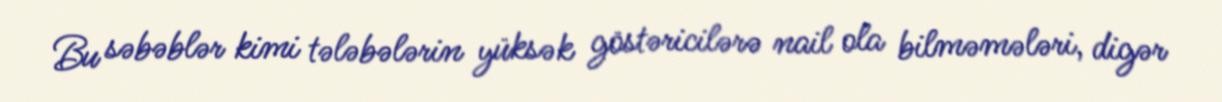
Bu səbəblər kimi tələbələrin yüksək göstəricilərə nail ola bilməmələri, digər